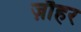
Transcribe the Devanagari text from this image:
ज़ौहर